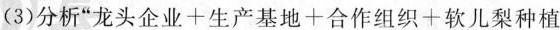
(3)分析”$$龙 头 企 业 + 生 产 基 地 + 合 作 组 织 + 软 儿 梨 种 植